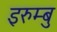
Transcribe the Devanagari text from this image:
इरुम्बु